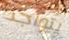
يتواجد